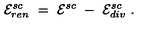
{ \cal E } _ { r e n } ^ { s c } \ = \ { \cal E } ^ { s c } \ - \ { \cal E } _ { d i v } ^ { s c } \ .